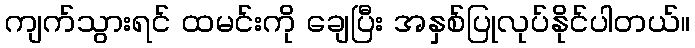
ကျက်သွားရင် ထမင်းကို ချေပြီး အနှစ်ပြုလုပ်နိုင်ပါတယ်။